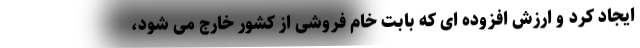
ایجاد کرد و ارزش افزوده ای که بابت خام فروشی از کشور خارج می شود،